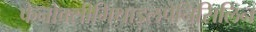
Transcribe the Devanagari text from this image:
फेनोक्सीमिथाइलपेनिसिलिन